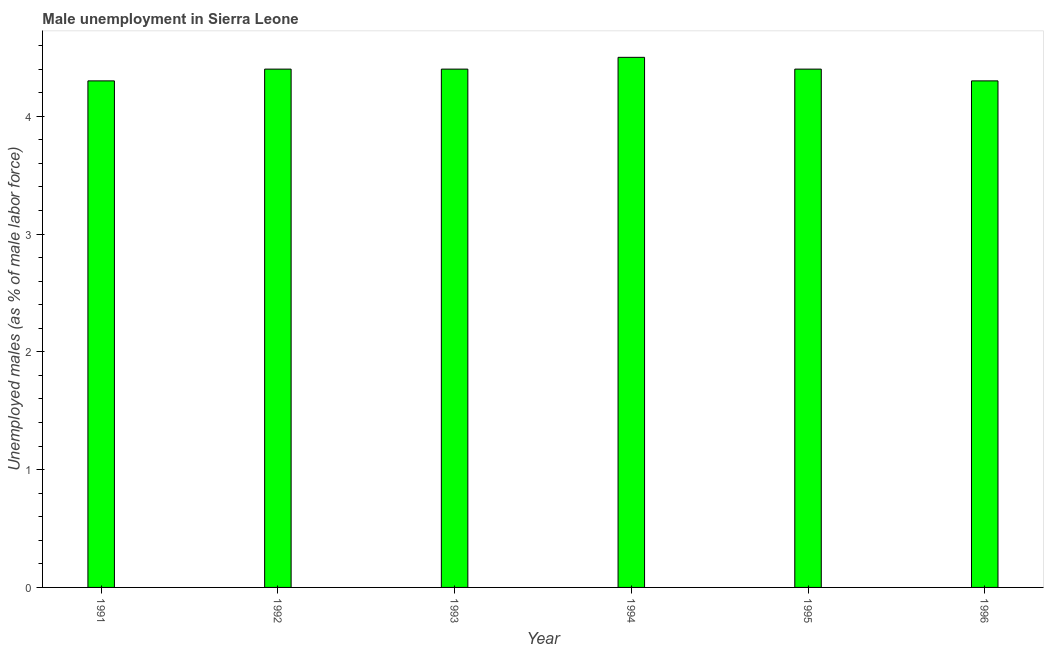
| Year | Unemployment |
 | --- | --- |
 | 1991 | 4.3 |
 | 1992 | 4.4 |
 | 1993 | 4.4 |
 | 1994 | 4.5 |
 | 1995 | 4.4 |
 | 1996 | 4.3 |